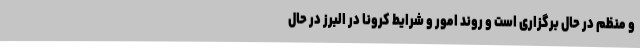
و منظم در حال برگزاری است و روند امور و شرایط کرونا در البرز در حال